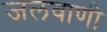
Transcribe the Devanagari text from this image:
जलवाणी